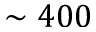
\sim 4 0 0